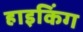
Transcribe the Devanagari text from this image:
हाइकिंग